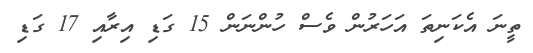
ތީނަ އެކަނިތަ އަހަރުން ވެސް ހުންނަން 15 ގަޑި އިރާއި 17 ގަޑި